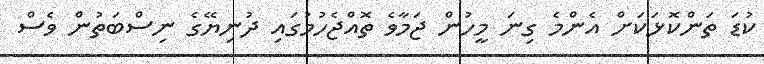
ކުޑަ ތަންކޮޅަކަށް އެންމެ ގިނަ މީހުން ޖަމާވެ ތޮއްޖެހުމުގައި ދުނިޔޭގެ ނިސްބަތުން ވެސް